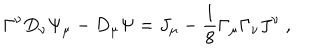
LaTeX: \Gamma ^ { \nu } D _ { \nu } \Psi _ { \mu } - D _ { \mu } \Psi = J _ { \mu } - \frac { 1 } { 8 } \Gamma _ { \mu } \Gamma _ { \nu } J ^ { \nu } ~ ,